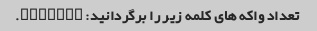
تعداد واکه های کلمه زیر را برگردانید: "Apple".